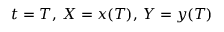
\, t = T , \, X = x ( T ) , \, Y = y ( T )